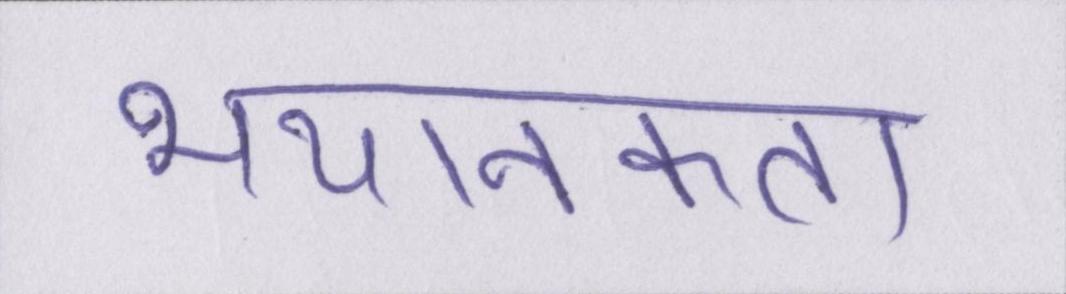
भयानकता